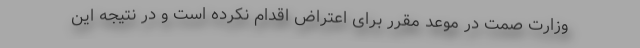
وزارت صمت در موعد مقرر برای اعتراض اقدام نکرده است و در نتیجه این